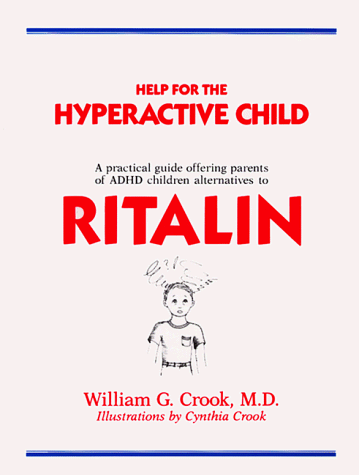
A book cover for Help for the Hyperactive Child: A Good-Sense Guide for Parents of Children with Hyperactivity...; William G. Crook; Parenting & Relationships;